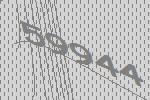
59944